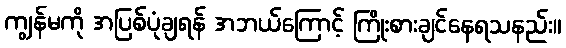
ကျွန်မကို အပြစ်ပုံချရန် အဘယ်ကြောင့် ကြိုးစားချင်နေရသနည်း။